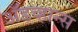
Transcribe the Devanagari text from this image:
अॅडव्हान्स